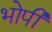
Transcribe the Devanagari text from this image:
भोपी